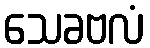
သေခဗလံ